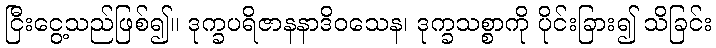
ငြီးငွေ့သည်ဖြစ်၍။ ဒုက္ခပရိဇာနနာဒိဝသေန၊ ဒုက္ခသစ္စာကို ပိုင်းခြား၍ သိခြင်း